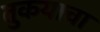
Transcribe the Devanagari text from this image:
तुकयाचा